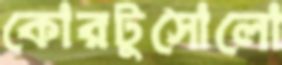
কোরটুসোলো